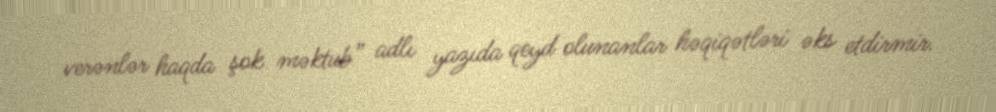
verənlər haqda şok məktub” adlı yazıda qeyd olunanlar həqiqətləri əks etdirmir.